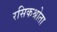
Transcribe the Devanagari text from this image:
रसिकश्रोता